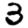
Digit: 3